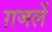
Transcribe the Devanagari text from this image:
ग़जलें